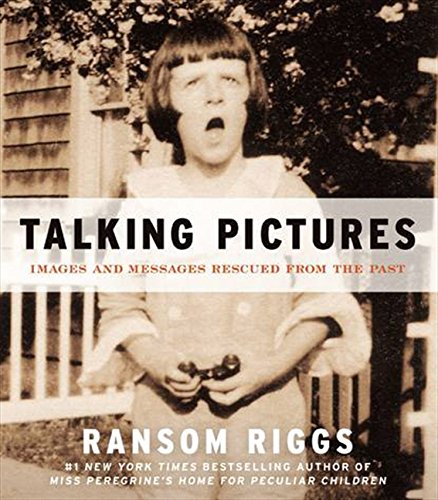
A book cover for Talking Pictures: Images and Messages Rescued from the Past; Ransom Riggs; Arts & Photography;